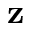
\mathbf { z }